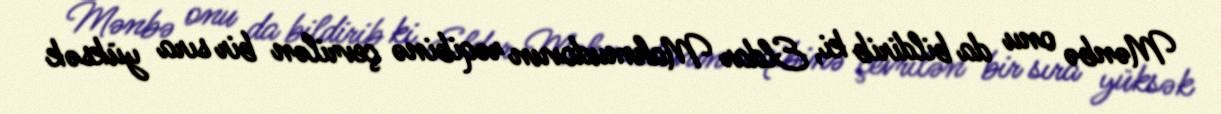
Mənbə onu da bildirib ki, Eldar Mahmudovun rəqibinə çevrilən bir sıra yüksək